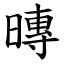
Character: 暷